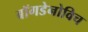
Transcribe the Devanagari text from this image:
बॉगडेनोविच